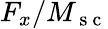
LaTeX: F_{x}/M_{\mathrm{~s~c~}}